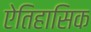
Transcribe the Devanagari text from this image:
ऐतिहासिक